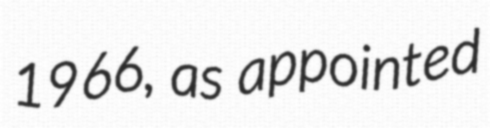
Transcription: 1966, as appointed